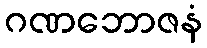
ဂဏဘောဇနံ